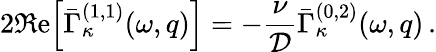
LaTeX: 2\Re\mathrm{e}\Big[\bar{\Gamma}_{\kappa}^{(1,1)}(\omega,q)\Big]=-\frac{\nu}{{\cal D}}\bar{\Gamma}_{\kappa}^{(0,2)}(\omega,q)\, .